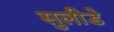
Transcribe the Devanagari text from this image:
सुलीडे